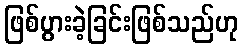
ဖြစ်ပွားခဲ့ခြင်းဖြစ်သည်ဟု